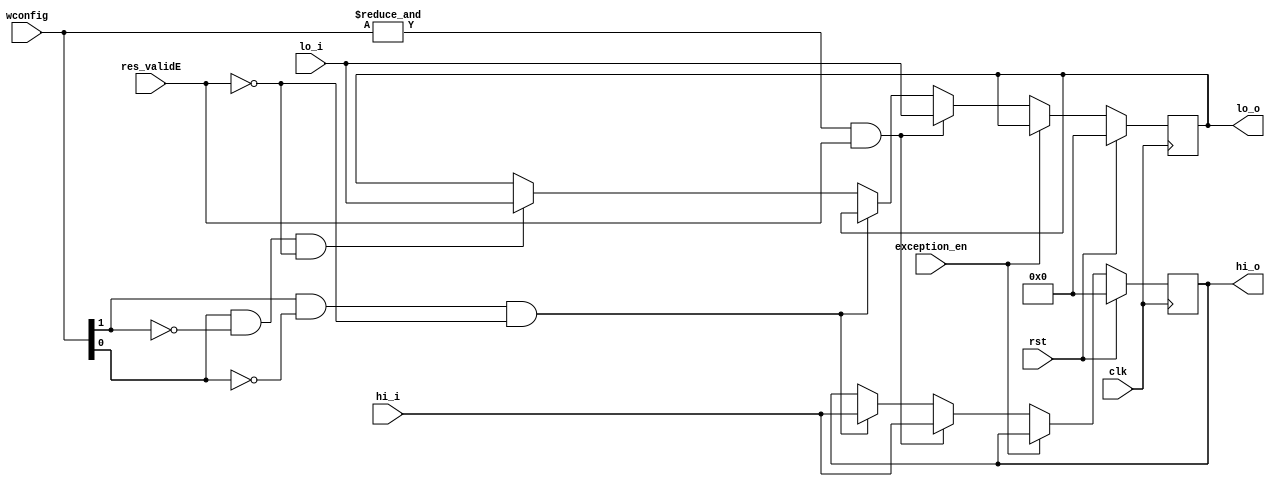
`timescale 1ns / 1ps

module hilo_reg(
	input  wire clk,rst,
	input  wire exception_en,
	input  wire [1:0] wconfig,  //[1] for hi write, [0] for lo write
	input  wire [31:0] hi_i, lo_i,
	input  wire res_validE,
	output wire [31:0] hi_o, lo_o
    );
	
	reg [31:0] hi, lo;
	always @(posedge clk) begin
		if(rst) begin
			hi <= 0;
			lo <= 0;
		end else if (exception_en) begin
            hi <= hi;
            lo <= lo;
		end else begin	
        	if(&wconfig & res_validE) begin
                hi <= hi_i;
				lo <= lo_i;
			end
            else if(wconfig[1] & ~wconfig[0] & ~res_validE)
                hi <= hi_i;
            else if(wconfig[0] & ~wconfig[1] & ~res_validE)
                lo <= lo_i;
            else begin
				hi <= hi;
                lo <= lo;
			end
        end
	end

	assign hi_o = hi;
	assign lo_o = lo;
endmodule